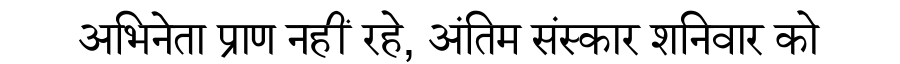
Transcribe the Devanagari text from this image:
अभिनेता प्राण नहीं रहे, अंतिम संस्कार शनिवार को